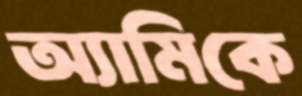
অ্যামিকে